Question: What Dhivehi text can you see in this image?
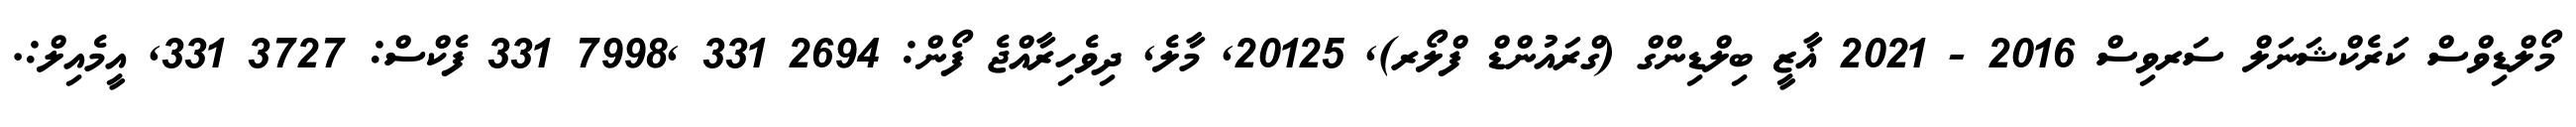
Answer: މޯލްޑިވްސް ކަރެކްޝަނަލް ސަރވިސް 2016 - 2021 ޣާޒީ ބިލްޑިންގް (ގްރައުންޑް ފްލޯރ), 20125, މާލެ, ދިވެހިރާއްޖެ ފޯން: 2694 331 ,7998 331 ފެކްސް: 3727 331, އީމެއިލް:.